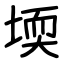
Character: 堧